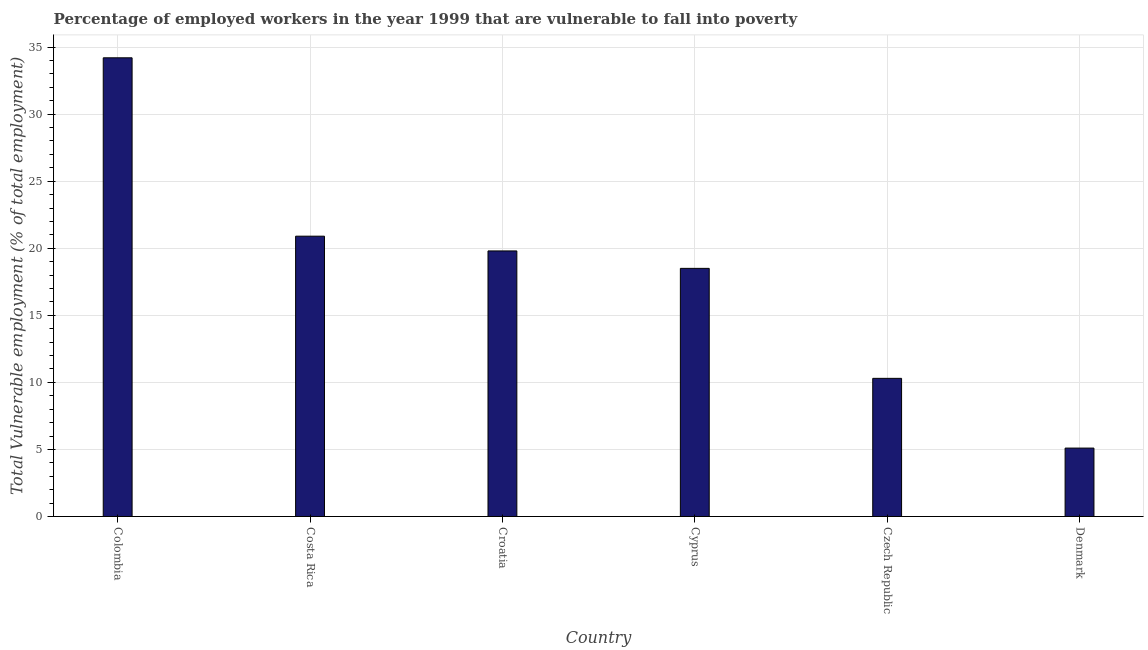
| Country | Vulnerable employment |
 | --- | --- |
 | Colombia | 34.2 |
 | Costa Rica | 20.9 |
 | Croatia | 19.8 |
 | Cyprus | 18.5 |
 | Czech Republic | 10.3 |
 | Denmark | 5.1 |